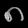
Digit: ၈